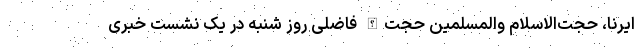
ایرنا، حجت‌الاسلام والمسلمین حجت‌الله فاضلی روز شنبه در یک نشست خبری